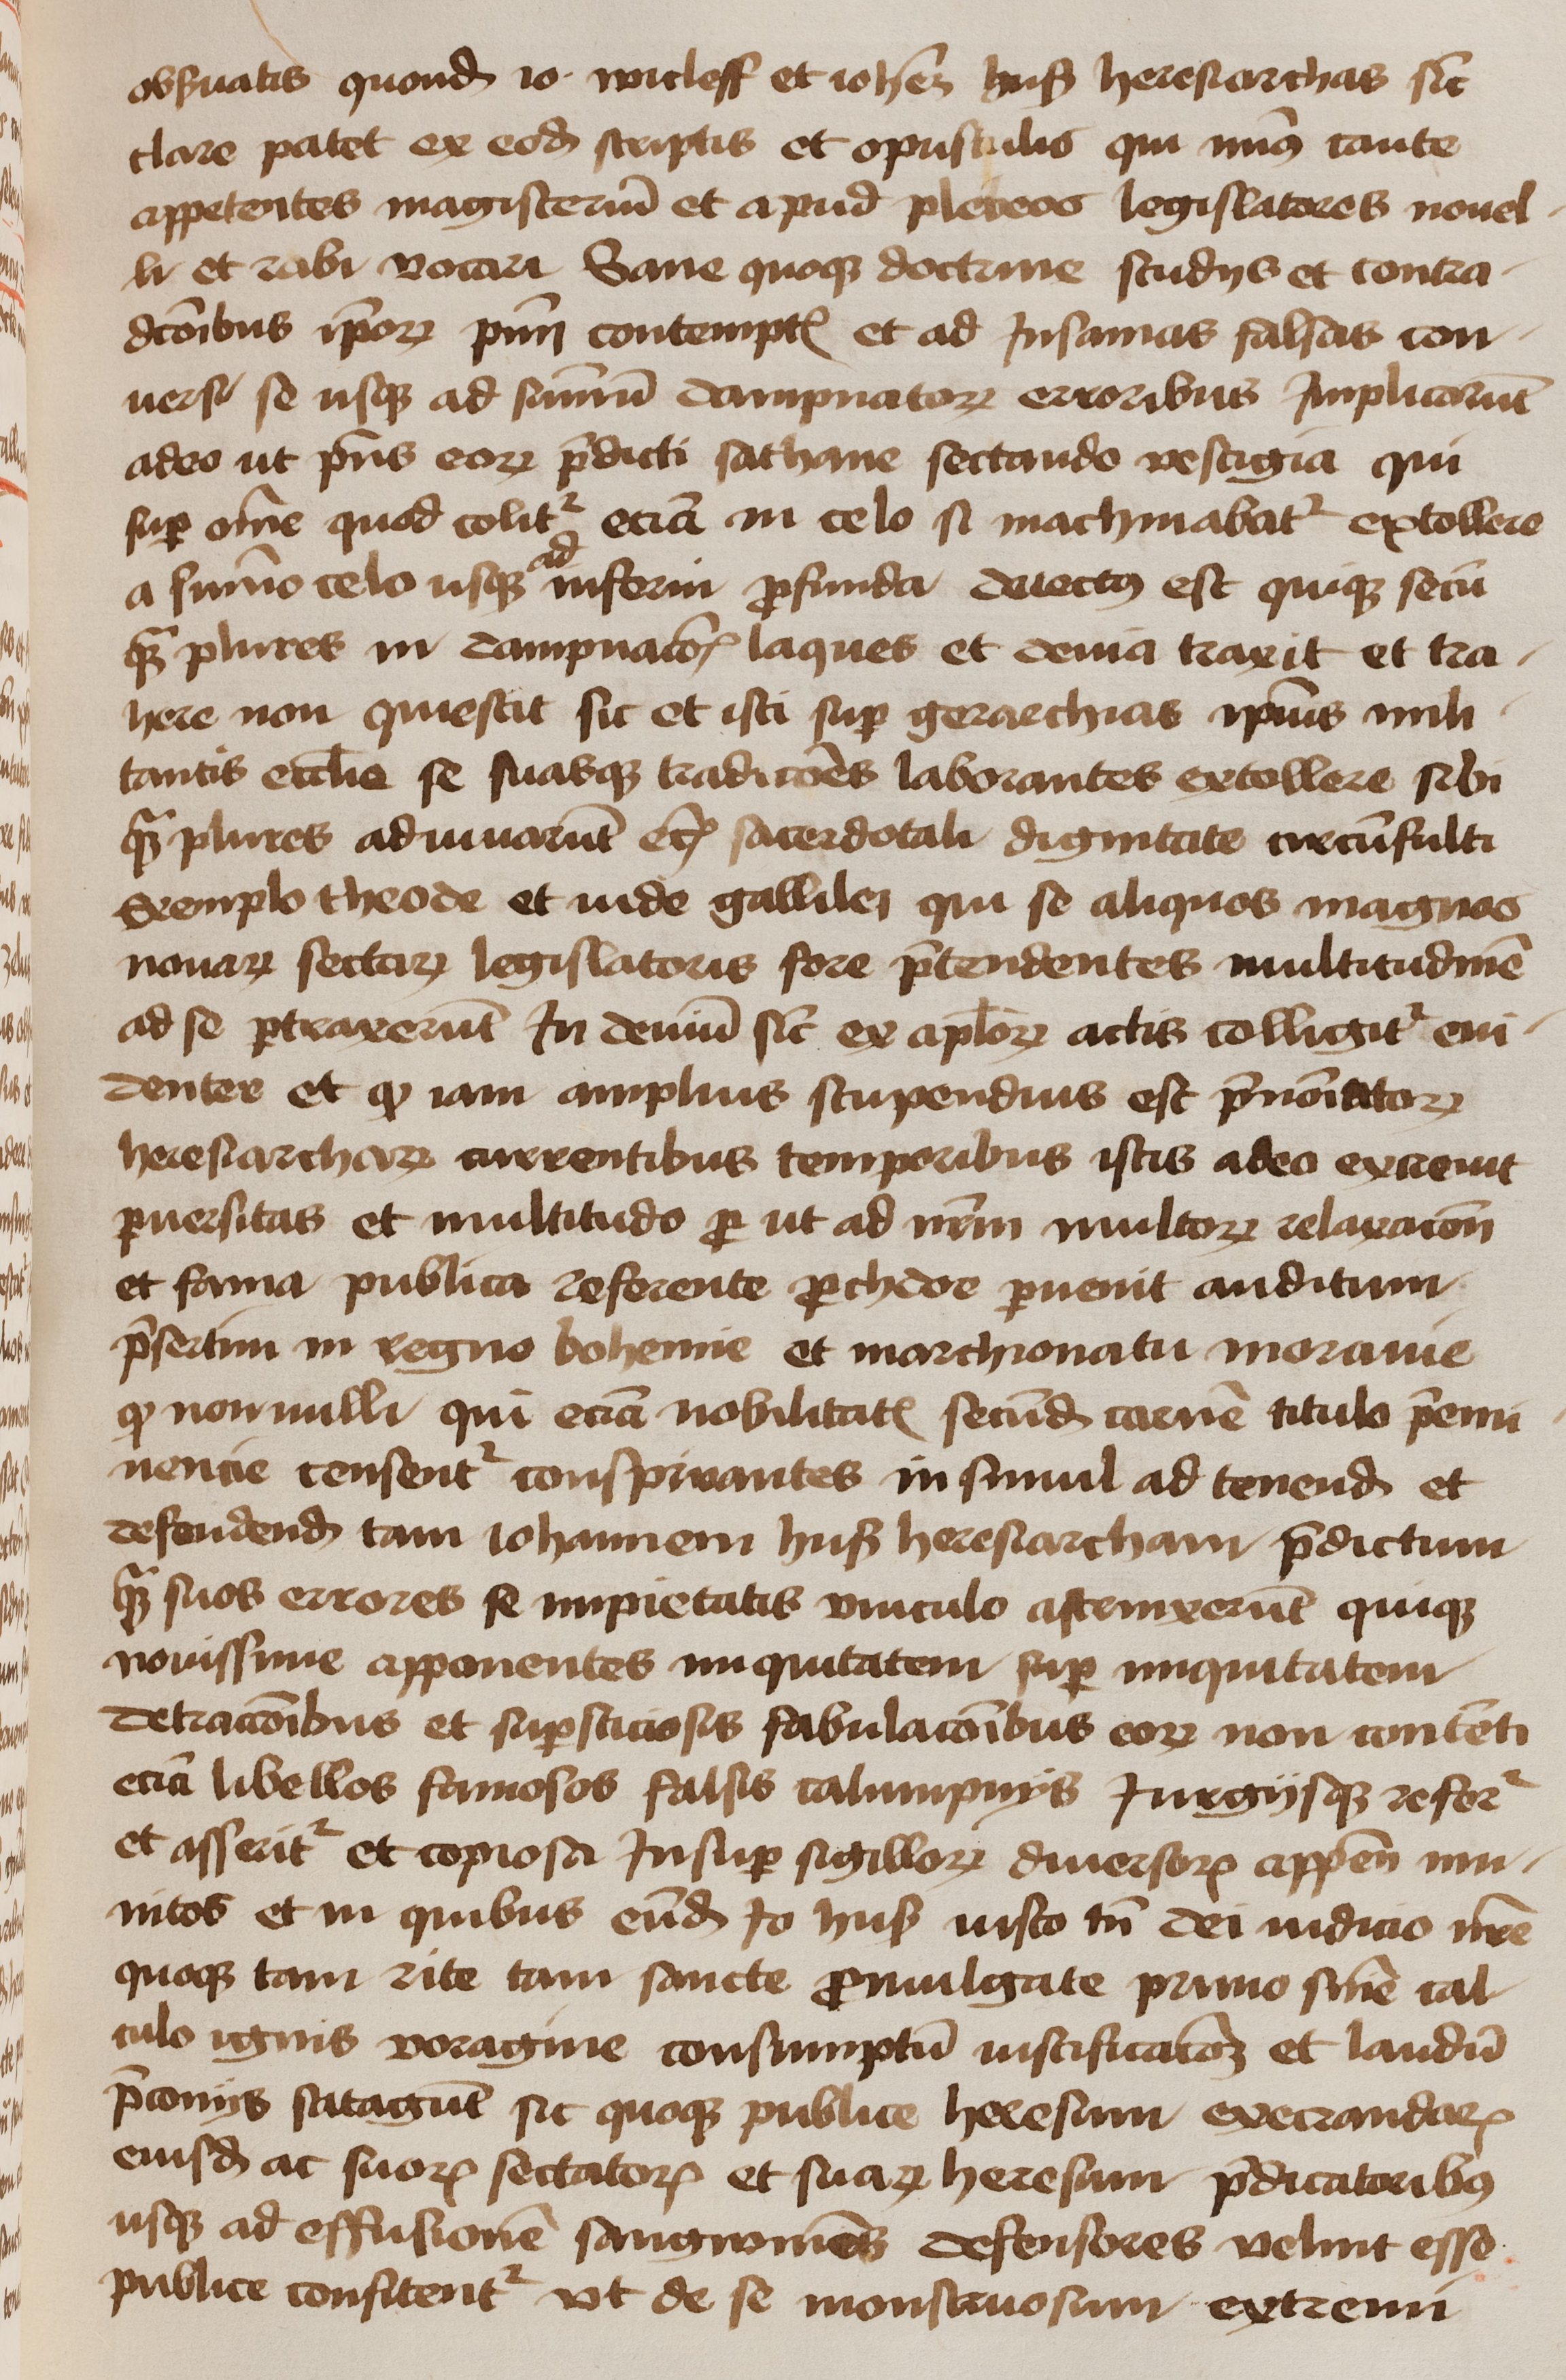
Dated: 1450–1474